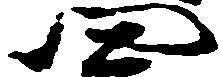
四